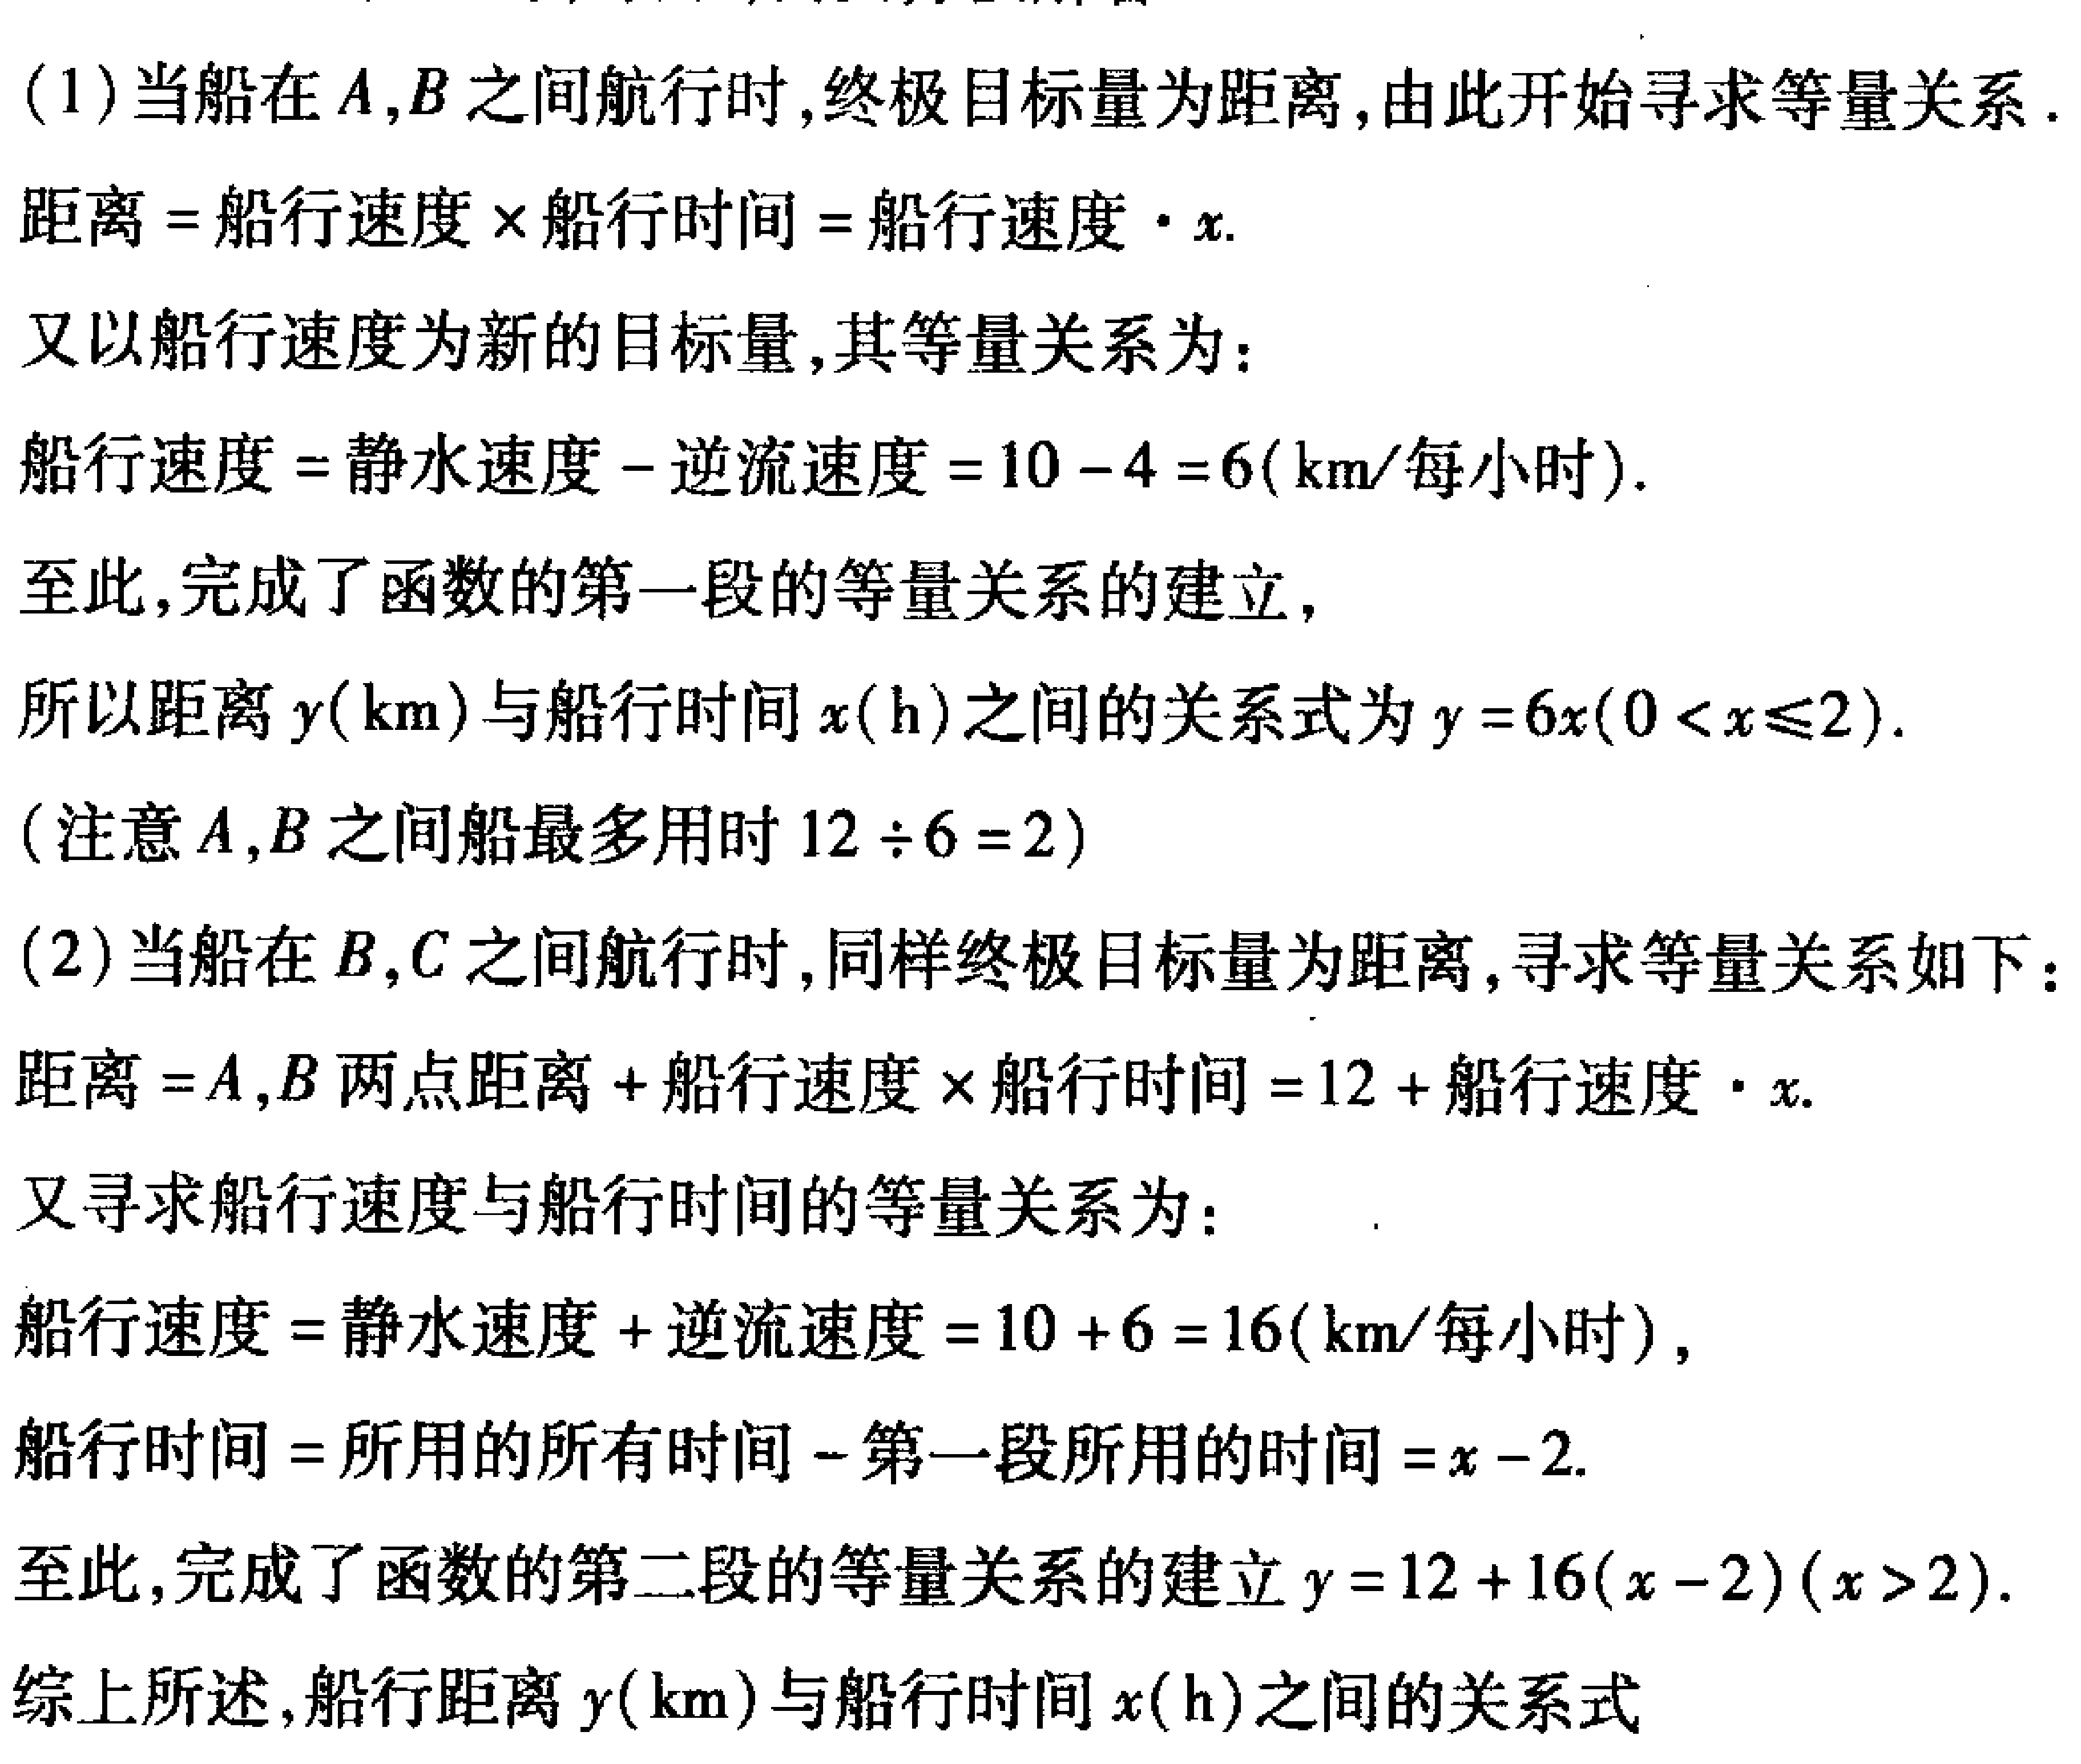
(1)当船在\(A,B\)之间航行时,终极目标量为距离,由此开始寻求等量关系.
距离\(=\)船行速度\(\times\)船行时间\(=\)船行速度\(\cdot x\).
又以船行速度为新的目标量,其等量关系为:
船行速度\(=\)静水速度\(-\)逆流速度\( = 10 - 4 = 6(\text{km}/\text{每小时})\).
至此,完成了函数的第一段的等量关系的建立,
所以距离\(y(\text{km})\)与船行时间\(x(\text{h})\)之间的关系式为\(y = 6x(0 < x\leqslant2)\).
(注意\(A,B\)之间船最多用时\(12\div6 = 2\))
(2)当船在\(B,C\)之间航行时,同样终极目标量为距离,寻求等量关系如下:
距离\(=A,B\)两点距离\(+\)船行速度\(\times\)船行时间\( = 12 +\)船行速度\(\cdot x\).
又寻求船行速度与船行时间的等量关系为:
船行速度\(=\)静水速度\(+\)逆流速度\( = 10 + 6 = 16(\text{km}/\text{每小时})\),
船行时间\(=\)所用的所有时间\(-\)第一段所用的时间\(=x - 2\).
至此,完成了函数的第二段的等量关系的建立\(y = 12 + 16(x - 2)(x > 2)\).
综上所述,船行距离\(y(\text{km})\)与船行时间\(x(\text{h})\)之间的关系式